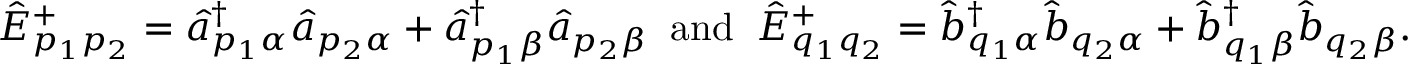
\begin{array} { r } { \hat { E } _ { p _ { 1 } p _ { 2 } } ^ { + } = \hat { a } _ { p _ { 1 } \alpha } ^ { \dagger } \hat { a } _ { p _ { 2 } \alpha } + \hat { a } _ { p _ { 1 } \beta } ^ { \dagger } \hat { a } _ { p _ { 2 } \beta } \; \; \mathrm { a n d } \; \; \hat { E } _ { q _ { 1 } q _ { 2 } } ^ { + } = \hat { b } _ { q _ { 1 } \alpha } ^ { \dagger } \hat { b } _ { q _ { 2 } \alpha } + \hat { b } _ { q _ { 1 } \beta } ^ { \dagger } \hat { b } _ { q _ { 2 } \beta } . } \end{array}